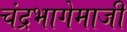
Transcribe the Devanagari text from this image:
चंद्रभागेमाजीं